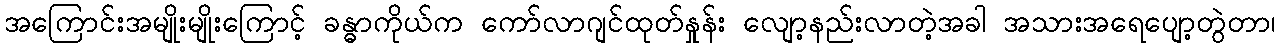
အကြောင်းအမျိုးမျိုးကြောင့် ခန္ဓာကိုယ်က ကော်လာဂျင်ထုတ်နှုန်း လျော့နည်းလာတဲ့အခါ အသားအရေပျော့တွဲတာ၊